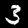
Label: 3